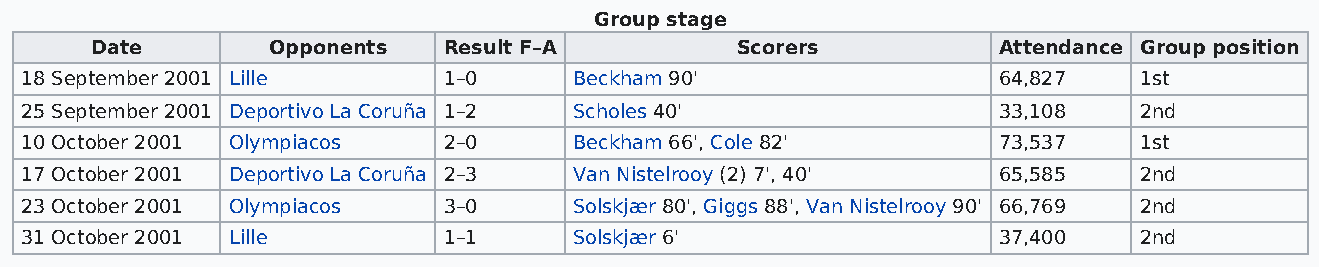
Group stage
 Date        Opponents  Result F–A          Scorers          Attendance Group position
 18 September 2001 Lille     1–0      Beckham 90'                 64,827   1st
 25 September 2001 Deportivo La Coruña 1–2 Scholes 40'            33,108   2nd
 10 October 2001 Olympiacos  2–0      Beckham 66', Cole 82'       73,537   1st
 17 October 2001 Deportivo La Coruña 2–3 Van Nistelrooy (2) 7', 40' 65,585 2nd
 23 October 2001 Olympiacos  3–0      Solskjær 80', Giggs 88', Van Nistelrooy 90' 66,769 2nd
 31 October 2001 Lille       1–1      Solskjær 6'                 37,400   2nd